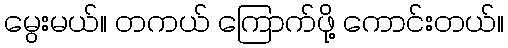
မွေးမယ်။ တကယ် ကြောက်ဖို့ ကောင်းတယ်။